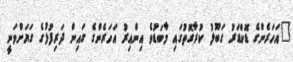
"އަހަރެންގެ ޑޮކްޑަރު ގަބޫލު ކުރާގޮތުގައި މާބަޑުވެ އިންއިރު އަހަރެންގެ ގައިން ދަރިފުޅުގެ ގަޔަށްވަނީ